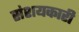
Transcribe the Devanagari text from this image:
संशयकारी